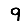
Digit: 9